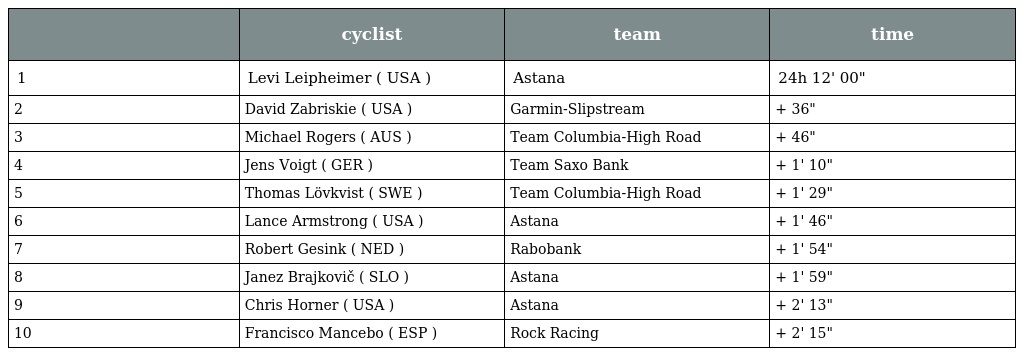
|  | cyclist | team | time |
 | --- | --- | --- | --- |
 | 1 | Levi Leipheimer ( USA ) | Astana | 24h 12' 00" |
 | 2 | David Zabriskie ( USA ) | Garmin-Slipstream | + 36" |
 | 3 | Michael Rogers ( AUS ) | Team Columbia-High Road | + 46" |
 | 4 | Jens Voigt ( GER ) | Team Saxo Bank | + 1' 10" |
 | 5 | Thomas Lövkvist ( SWE ) | Team Columbia-High Road | + 1' 29" |
 | 6 | Lance Armstrong ( USA ) | Astana | + 1' 46" |
 | 7 | Robert Gesink ( NED ) | Rabobank | + 1' 54" |
 | 8 | Janez Brajkovič ( SLO ) | Astana | + 1' 59" |
 | 9 | Chris Horner ( USA ) | Astana | + 2' 13" |
 | 10 | Francisco Mancebo ( ESP ) | Rock Racing | + 2' 15" |